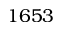
1 6 5 3